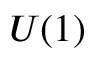
U ( 1 )